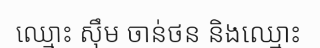
ឈ្មោះ ស៊ឹម ចាន់ថន និងឈ្មោះ